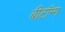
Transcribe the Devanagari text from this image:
बीटॉन्ग